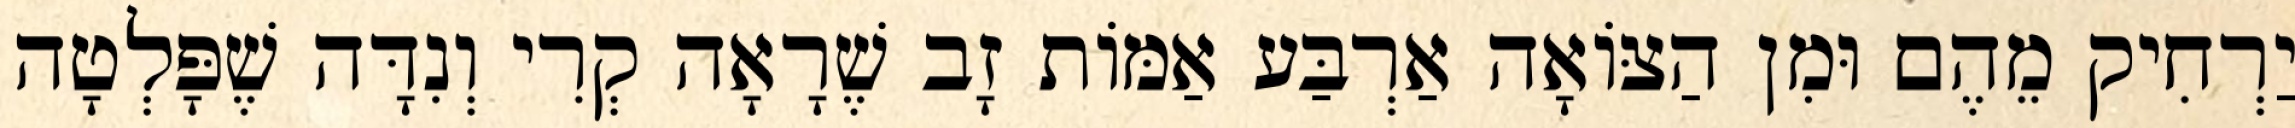
יַרְחִיק מֵהֶם וּמִן הַצּוֹאָה אַרְבַּע אַמּוֹת זָב שֶׁרָאָה קְרִי וְנִדָּה שֶׁפָּלְטָה